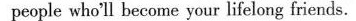
people who'll become your lifelong friends.